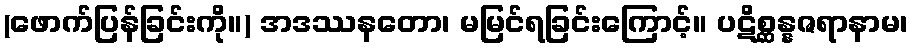
(ဖောက်ပြန်ခြင်းကို။) အဒဿနတော၊ မမြင်ရခြင်းကြောင့်။ ပဋိစ္ဆန္နဇရာနာမ၊